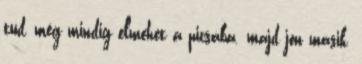
tud, még mindig elmehet a picsába. majd jön másik,